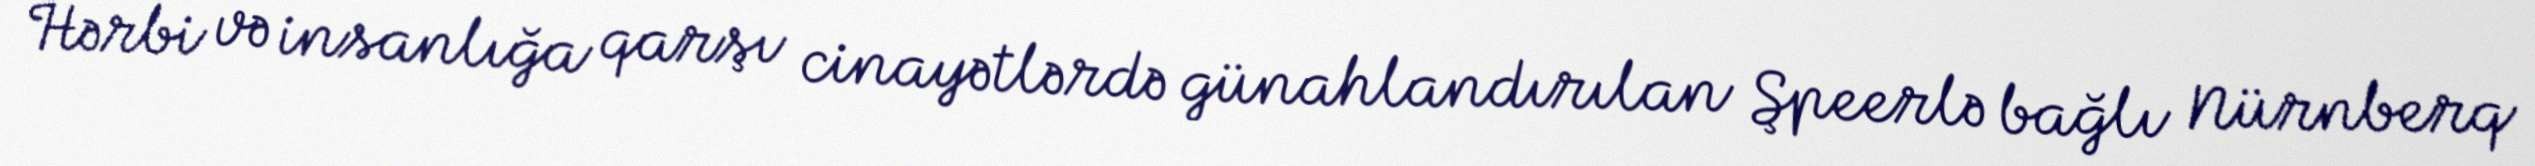
Hərbi və insanlığa qarşı cinayətlərdə günahlandırılan Şpeerlə bağlı Nürnberq